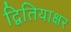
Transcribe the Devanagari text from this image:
द्वितियाक्षर